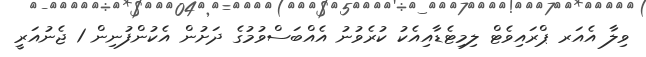
ވިލާ އެއަރ ޕްރައިވެޓް ލިމިޓެޑާއިއެކު ކުރެވުނު އެއްބަސްވުމުގެ ދަށުން އެކުންފުނިން 1 ޖެނުއަރީ